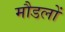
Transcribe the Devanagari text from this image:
मौडलों